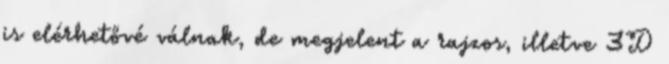
is elérhetővé válnak, de megjelent a rajzos, illetve 3D